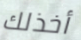
أخذلك